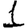
Digit: 1